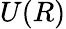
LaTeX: U(R)